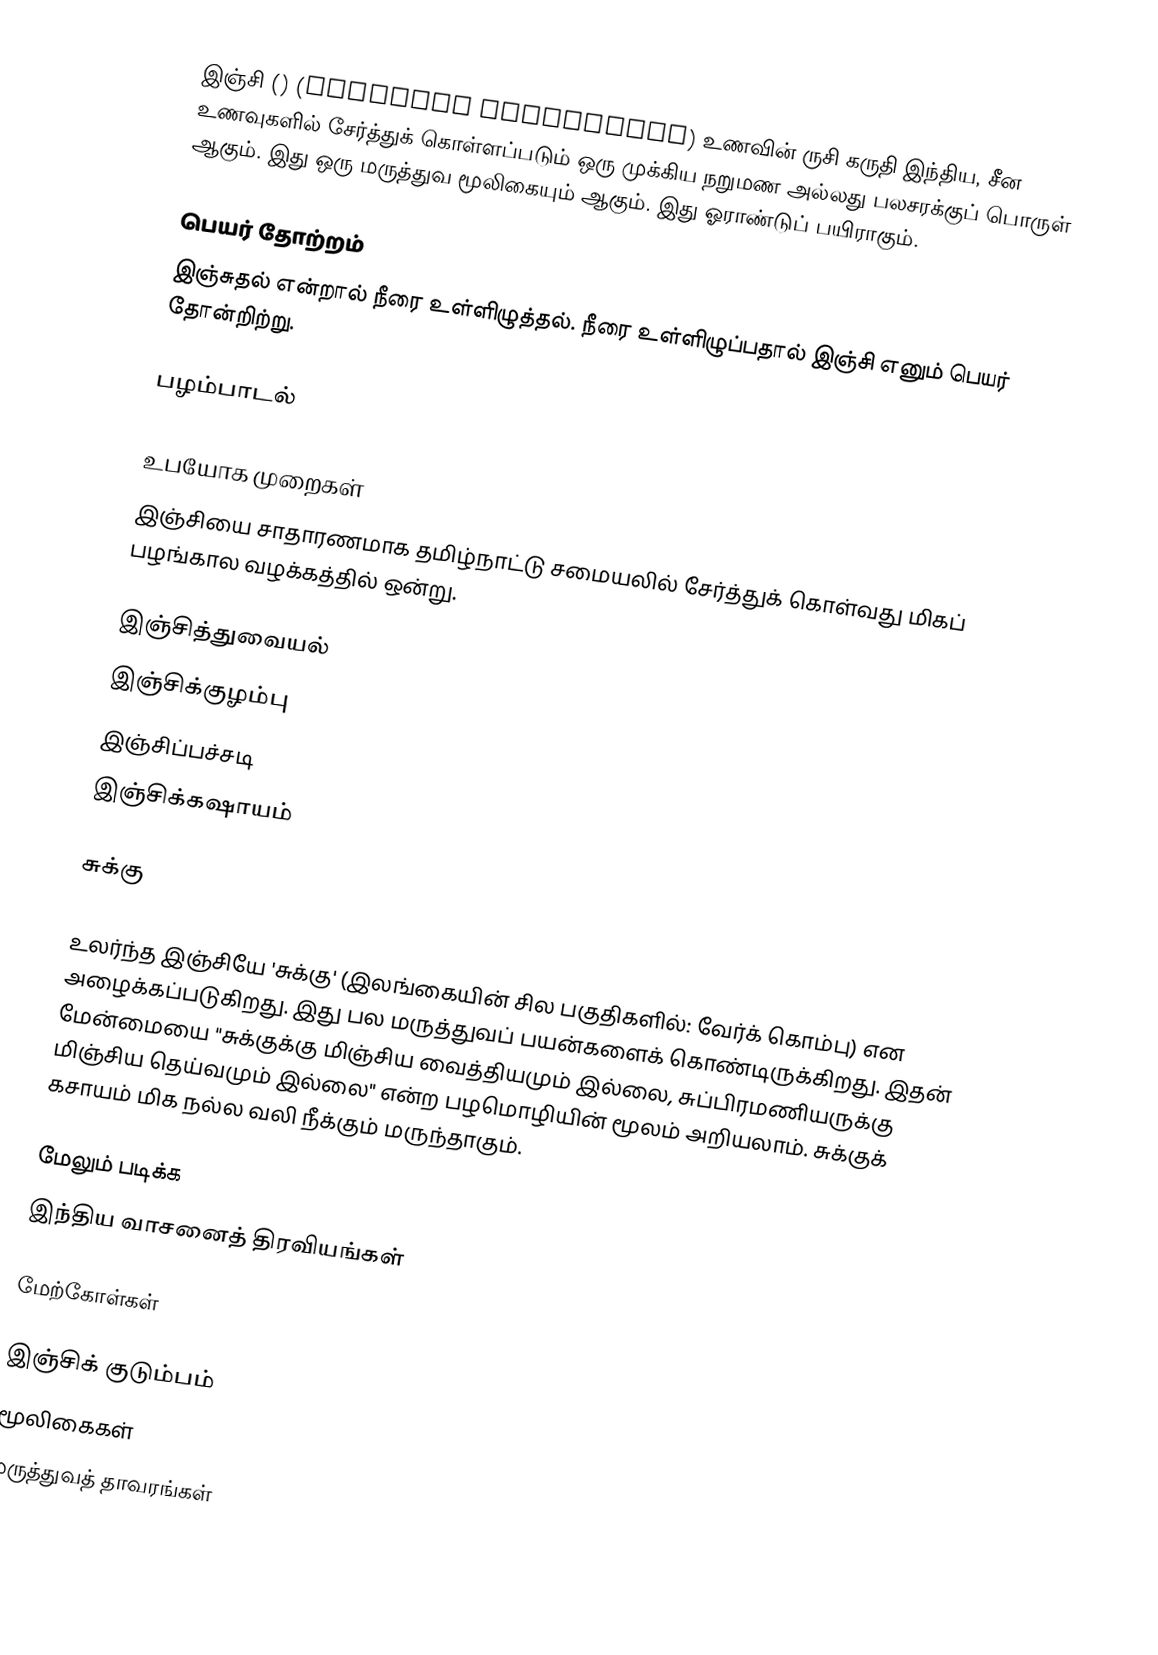
இஞ்சி () (Zingiber officinale) உணவின் ருசி கருதி இந்திய, சீன உணவுகளில் சேர்த்துக் கொள்ளப்படும் ஒரு முக்கிய நறுமண அல்லது பலசரக்குப் பொருள் ஆகும். இது ஒரு மருத்துவ மூலிகையும் ஆகும். இது ஓராண்டுப் பயிராகும்.

பெயர் தோற்றம்
இஞ்சுதல் என்றால் நீரை உள்ளிழுத்தல். நீரை உள்ளிழுப்பதால் இஞ்சி எனும் பெயர் தோன்றிற்று.

பழம்பாடல்

உபயோக முறைகள்
இஞ்சியை சாதாரணமாக தமிழ்நாட்டு சமையலில் சேர்த்துக் கொள்வது மிகப் பழங்கால வழக்கத்தில் ஒன்று.

இஞ்சித்துவையல்
இஞ்சிக்குழம்பு
இஞ்சிப்பச்சடி
இஞ்சிக்கஷாயம்

சுக்கு

உலர்ந்த இஞ்சியே 'சுக்கு' (இலங்கையின் சில பகுதிகளில்: வேர்க் கொம்பு) என அழைக்கப்படுகிறது. இது பல மருத்துவப் பயன்களைக் கொண்டிருக்கிறது. இதன் மேன்மையை "சுக்குக்கு மிஞ்சிய வைத்தியமும் இல்லை, சுப்பிரமணியருக்கு மிஞ்சிய தெய்வமும் இல்லை" என்ற பழமொழியின் மூலம் அறியலாம். சுக்குக் கசாயம் மிக நல்ல வலி நீக்கும் மருந்தாகும்.

மேலும் படிக்க
 இந்திய வாசனைத் திரவியங்கள்

மேற்கோள்கள்

இஞ்சிக் குடும்பம்
மூலிகைகள்
மருத்துவத் தாவரங்கள்